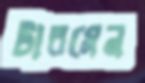
টারমেন